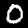
Digit: 0